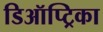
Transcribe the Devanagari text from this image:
डिऑप्ट्रिका